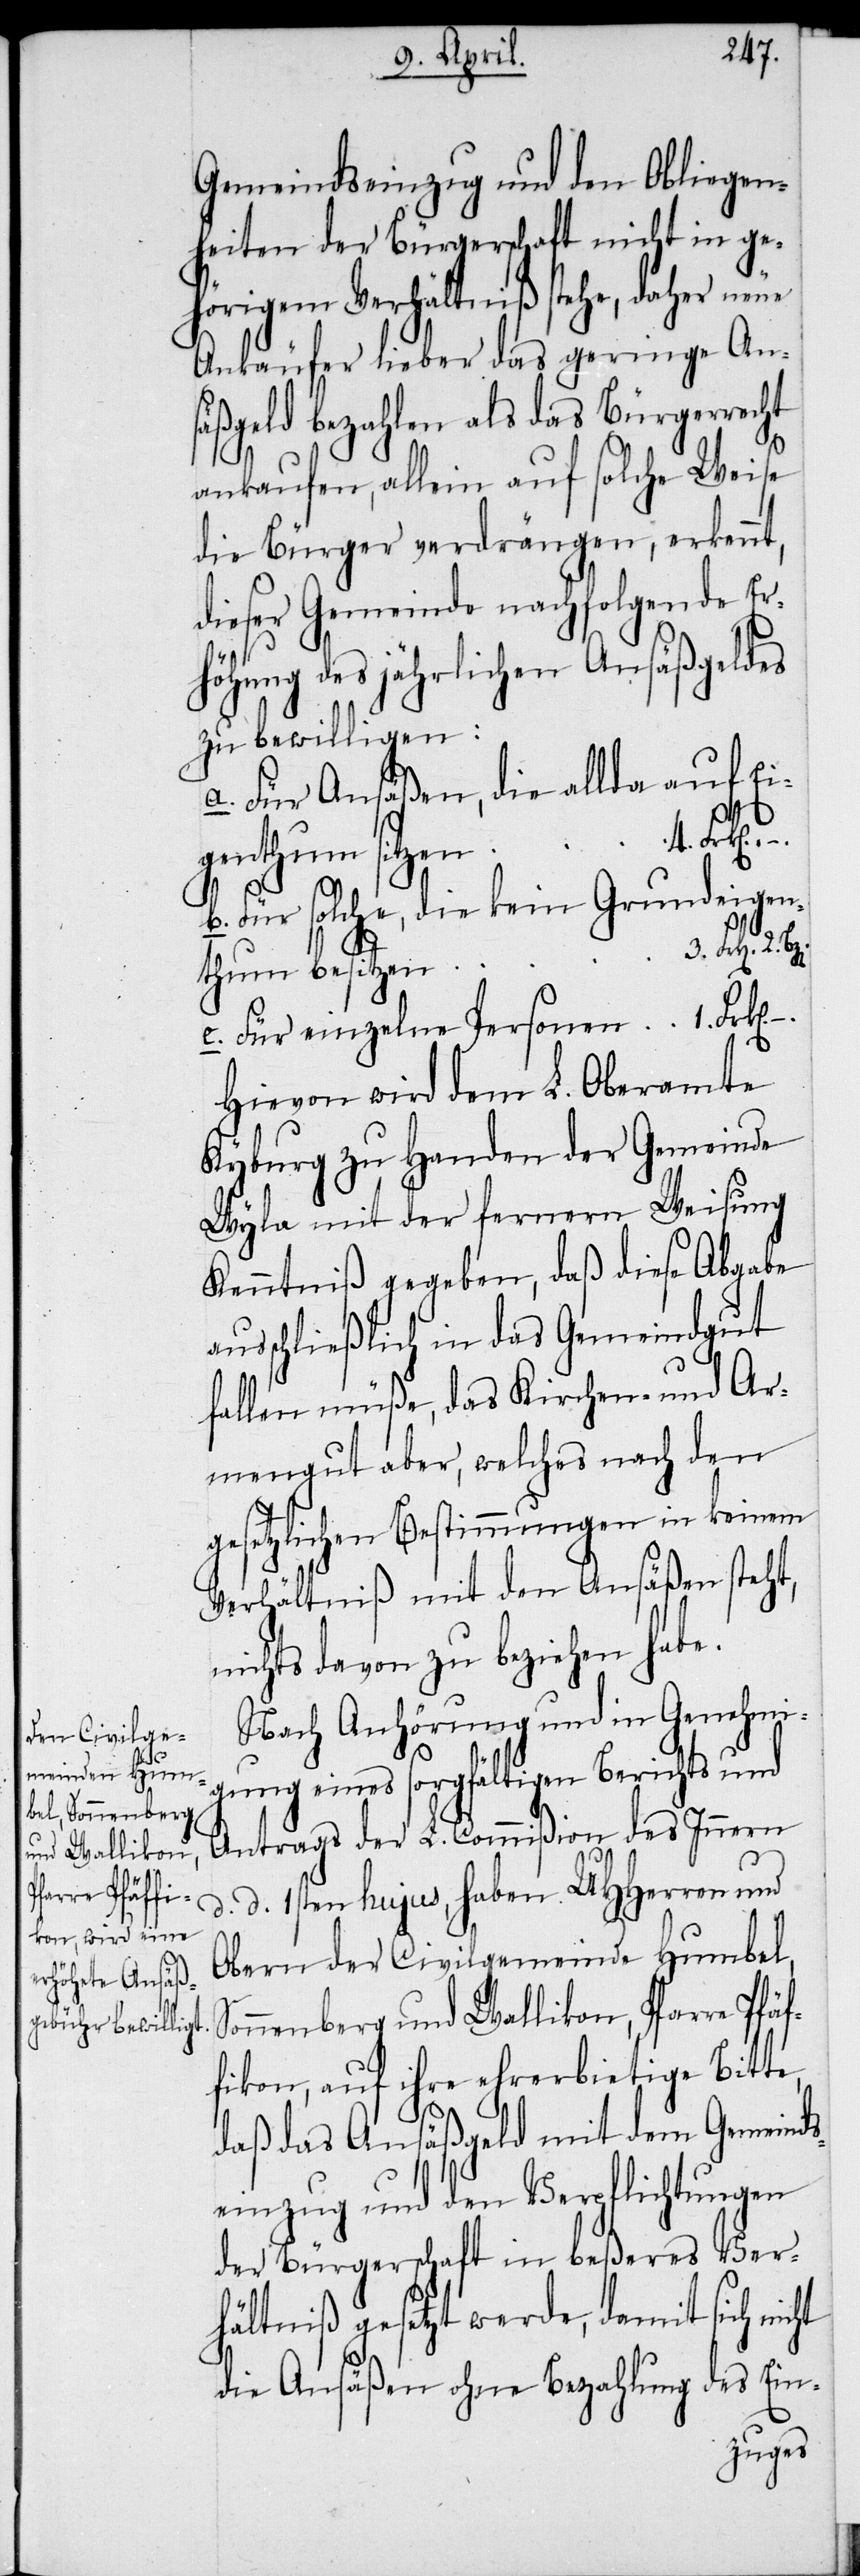
Gemeindseinzug und den Obliegen¬
heiten der Bürgerschaft nicht in ge¬
hörigem Verhältniß stehe, daher neue
Ankäufer lieber das geringe An¬
säßgeld bezahlen als das Bürgerrecht
ankaufen, allein auf solche Weise
die Bürger verdrängen, erkennt,
dieser Gemeinde nachfolgende Er¬
höhung des jährlichen Ansäßgeldes
zu bewilligen:
a. Für Ansäßen, die allda auf Ei¬
f¬
genthum sitzen
b. Für solche, die kein Grundeigen¬
Frk[en].
thum besitzen
c. Für einzelne Personen
Hievon wird dem L. Oberamte
Kyburg zu Handen der Gemeinde
Wyla mit der fernern Weisung
Kenntniß gegeben, daß diese Abgabe
usschließlich in das Gemeindgut
fallen müße, das Kirchen- und Ar¬
mengut aber, welches nach den
gesetzlichen Bestimmungen in keinem
Verhältniß mit den Ansäßen steht,
nichts davon zu beziehen habe.
Nach Anhörung und in Genehmi¬
gung eines sorgfältigen Berichts und
Antrags der L. Commißion des Innern
d. d. 1sten hujus, haben UHHerren und
Obern der Civilgemeinde Humbel,
Sonnenberg und Wallikon, Pfarre Pfä¬
fikon, auf ihre ehrerbietige Bitte,
daß das Ansäßgeld mit dem Gemeind¬
seinzug und den Verpflichtungen
der Bürgerschaft in beßeres Ver¬
hältniß gesetzt werde, damit sich nicht
die Ansäßen ohne Bezahlung des Ein-